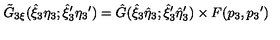
{ \tilde { G } } _ { 3 \xi } ( { \hat { \xi } } _ { 3 } { \eta } _ { 3 } ; { { \hat { \xi } } _ { 3 } } ^ { \prime } { { \eta } _ { 3 } } ^ { \prime } ) = { \hat { G } } ( { { \hat { \xi } } _ { 3 } } { \hat { \eta } } _ { 3 } ; { { \hat { \xi } } _ { 3 } } ^ { \prime } { { \hat { \eta } } _ { 3 } } ^ { \prime } ) \times F ( p _ { 3 } , { p _ { 3 } } ^ { \prime } )